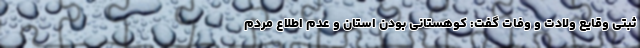
ثبتی وقایع ولادت و وفات گفت: کوهستانی بودن استان و عدم اطلاع مردم